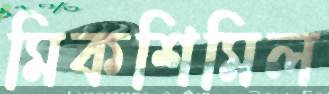
মিকশিমিল